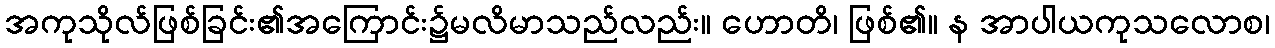
အကုသိုလ်ဖြစ်ခြင်း၏အကြောင်း၌မလိမာသည်လည်း။ ဟောတိ၊ ဖြစ်၏။ န အာပါယကုသလောစ၊